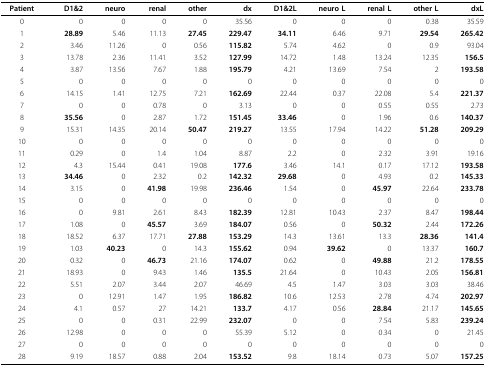
<table><thead><tr><td><b>Patient</b></td><td><b>D1&amp;2</b></td><td><b>neuro</b></td><td><b>renal</b></td><td><b>other</b></td><td><b>dx</b></td><td><b>D1&amp;2L</b></td><td><b>neuro L</b></td><td><b>renal L</b></td><td><b>other L</b></td><td><b>dxL</b></td></tr></thead><tbody><tr><td>0</td><td>0</td><td>0</td><td>0</td><td>0</td><td>35.56</td><td>0</td><td>0</td><td>0</td><td>0.38</td><td>35.59</td></tr><tr><td>1</td><td><b>28.89</b></td><td>5.46</td><td>11.13</td><td><b>27.45</b></td><td><b>229.47</b></td><td><b>34.11</b></td><td>6.46</td><td>9.71</td><td><b>29.54</b></td><td><b>265.42</b></td></tr><tr><td>2</td><td>3.46</td><td>11.26</td><td>0</td><td>0.56</td><td><b>115.82</b></td><td>5.74</td><td>4.62</td><td>0</td><td>0.9</td><td>93.04</td></tr><tr><td>3</td><td>13.78</td><td>2.36</td><td>11.41</td><td>3.52</td><td><b>127.99</b></td><td>14.72</td><td>1.48</td><td>13.24</td><td>12.35</td><td><b>156.5</b></td></tr><tr><td>4</td><td>3.87</td><td>13.56</td><td>7.67</td><td>1.88</td><td><b>195.79</b></td><td>4.21</td><td>13.69</td><td>7.54</td><td>2</td><td><b>193.58</b></td></tr><tr><td>5</td><td>0</td><td>0</td><td>0</td><td>0</td><td>0</td><td>0</td><td>0</td><td>0</td><td>0</td><td>0</td></tr><tr><td>6</td><td>14.15</td><td>1.41</td><td>12.75</td><td>7.21</td><td><b>162.69</b></td><td>22.44</td><td>0.37</td><td>22.08</td><td>5.4</td><td><b>221.37</b></td></tr><tr><td>7</td><td>0</td><td>0</td><td>0.78</td><td>0</td><td>3.13</td><td>0</td><td>0</td><td>0.55</td><td>0.55</td><td>2.73</td></tr><tr><td>8</td><td><b>35.56</b></td><td>0</td><td>2.87</td><td>1.72</td><td><b>151.45</b></td><td><b>33.46</b></td><td>0</td><td>1.96</td><td>0.6</td><td><b>140.37</b></td></tr><tr><td>9</td><td>15.31</td><td>14.35</td><td>20.14</td><td><b>50.47</b></td><td><b>219.27</b></td><td>13.55</td><td>17.94</td><td>14.22</td><td><b>51.28</b></td><td><b>209.29</b></td></tr><tr><td>10</td><td>0</td><td>0</td><td>0</td><td>0</td><td>0</td><td>0</td><td>0</td><td>0</td><td>0</td><td>0</td></tr><tr><td>11</td><td>0.29</td><td>0</td><td>1.4</td><td>1.04</td><td>8.87</td><td>2.2</td><td>0</td><td>2.32</td><td>3.91</td><td>19.16</td></tr><tr><td>12</td><td>4.3</td><td>15.44</td><td>0.41</td><td>19.08</td><td><b>177.6</b></td><td>3.46</td><td>14.1</td><td>0.17</td><td>17.12</td><td><b>193.58</b></td></tr><tr><td>13</td><td><b>34.46</b></td><td>0</td><td>2.32</td><td>0.2</td><td><b>142.32</b></td><td><b>29.68</b></td><td>0</td><td>4.93</td><td>0.2</td><td><b>145.33</b></td></tr><tr><td>14</td><td>3.15</td><td>0</td><td><b>41.98</b></td><td>19.98</td><td><b>236.46</b></td><td>1.54</td><td>0</td><td><b>45.97</b></td><td>22.64</td><td><b>233.78</b></td></tr><tr><td>15</td><td>0</td><td>0</td><td>0</td><td>0</td><td>0</td><td>0</td><td>0</td><td>0</td><td>0</td><td>0</td></tr><tr><td>16</td><td>0</td><td>9.81</td><td>2.61</td><td>8.43</td><td><b>182.39</b></td><td>12.81</td><td>10.43</td><td>2.37</td><td>8.47</td><td><b>198.44</b></td></tr><tr><td>17</td><td>1.08</td><td>0</td><td><b>45.57</b></td><td>3.69</td><td><b>184.07</b></td><td>0.56</td><td>0</td><td><b>50.32</b></td><td>2.44</td><td><b>172.26</b></td></tr><tr><td>18</td><td>18.52</td><td>6.37</td><td>17.71</td><td><b>27.88</b></td><td><b>153.29</b></td><td>14.3</td><td>13.61</td><td>13.3</td><td><b>28.36</b></td><td><b>141.4</b></td></tr><tr><td>19</td><td>1.03</td><td><b>40.23</b></td><td>0</td><td>14.3</td><td><b>155.62</b></td><td>0.94</td><td><b>39.62</b></td><td>0</td><td>13.37</td><td><b>160.7</b></td></tr><tr><td>20</td><td>0.32</td><td>0</td><td><b>46.73</b></td><td>21.16</td><td><b>174.07</b></td><td>0.62</td><td>0</td><td><b>49.88</b></td><td>21.2</td><td><b>178.55</b></td></tr><tr><td>21</td><td>18.93</td><td>0</td><td>9.43</td><td>1.46</td><td><b>135.5</b></td><td>21.64</td><td>0</td><td>10.43</td><td>2.05</td><td><b>156.81</b></td></tr><tr><td>22</td><td>5.51</td><td>2.07</td><td>3.44</td><td>2.07</td><td>46.69</td><td>4.5</td><td>1.47</td><td>3.03</td><td>3.03</td><td>38.46</td></tr><tr><td>23</td><td>0</td><td>12.91</td><td>1.47</td><td>1.95</td><td><b>186.82</b></td><td>10.6</td><td>12.53</td><td>2.78</td><td>4.74</td><td><b>202.97</b></td></tr><tr><td>24</td><td>4.1</td><td>0.57</td><td>27</td><td>14.21</td><td><b>133.7</b></td><td>4.17</td><td>0.56</td><td><b>28.84</b></td><td>21.17</td><td><b>145.65</b></td></tr><tr><td>25</td><td>0</td><td>0</td><td>0.31</td><td>22.99</td><td><b>232.07</b></td><td>0</td><td>0</td><td>7.54</td><td>5.83</td><td><b>239.24</b></td></tr><tr><td>26</td><td>12.98</td><td>0</td><td>0</td><td>0</td><td>55.39</td><td>5.12</td><td>0</td><td>0.34</td><td>0</td><td>21.45</td></tr><tr><td>27</td><td>0</td><td>0</td><td>0</td><td>0</td><td>0</td><td>0</td><td>0</td><td>0</td><td>0</td><td>0</td></tr><tr><td>28</td><td>9.19</td><td>18.57</td><td>0.88</td><td>2.04</td><td><b>153.52</b></td><td>9.8</td><td>18.14</td><td>0.73</td><td>5.07</td><td><b>157.25</b></td></tr></tbody></table>